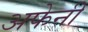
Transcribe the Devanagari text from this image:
अफेनी